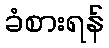
ခံစားရန်